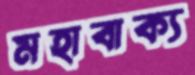
মহাবাক্য